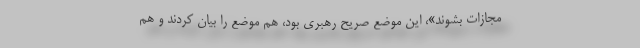
مجازات بشوند»، این موضع صریح رهبری بود، هم موضع را بیان کردند و هم